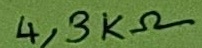
Text: 4,3KΩ